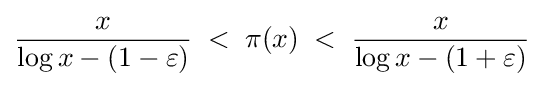
{\frac {x}{\log x-(1-\varepsilon )}}\;<\;\pi (x)\;<\;{\frac {x}{\log x-(1+\varepsilon )}}\;